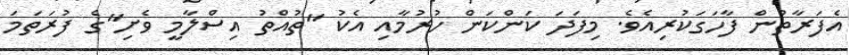
އެފަރާތުން ފާހަގަކުރިއެވެ. މިފަދަ ކަންކަން ހުރުމާއި އެކު "ތުއްތު އިސްލާމީ ވެށި"ގެ ފުރަތަމަ